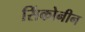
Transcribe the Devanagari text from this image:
सिंकोनीन